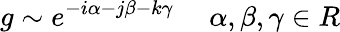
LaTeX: g\sim e^{-i\alpha-j\beta-k\gamma}\ \ \ \ \ \alpha,\beta,\gamma\in R